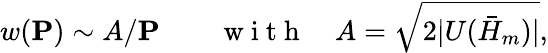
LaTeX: w(\mathbf{P})\sim A/\mathbf{P}\qquad\mathrm{~w~i~t~h~}\quad A=\sqrt{2|U(\bar{H}_{m})|},